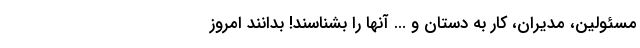
مسئولین، مدیران، کار به دستان و ... آنها را بشناسند! بدانند امروز